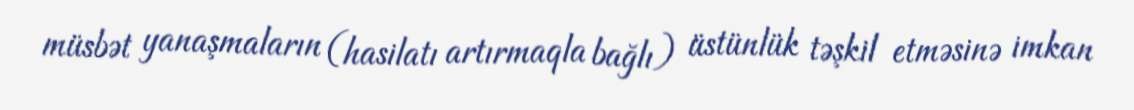
müsbət yanaşmaların (hasilatı artırmaqla bağlı) üstünlük təşkil etməsinə imkan